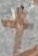
Text: +